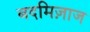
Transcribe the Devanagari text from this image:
बदमिज़ाज